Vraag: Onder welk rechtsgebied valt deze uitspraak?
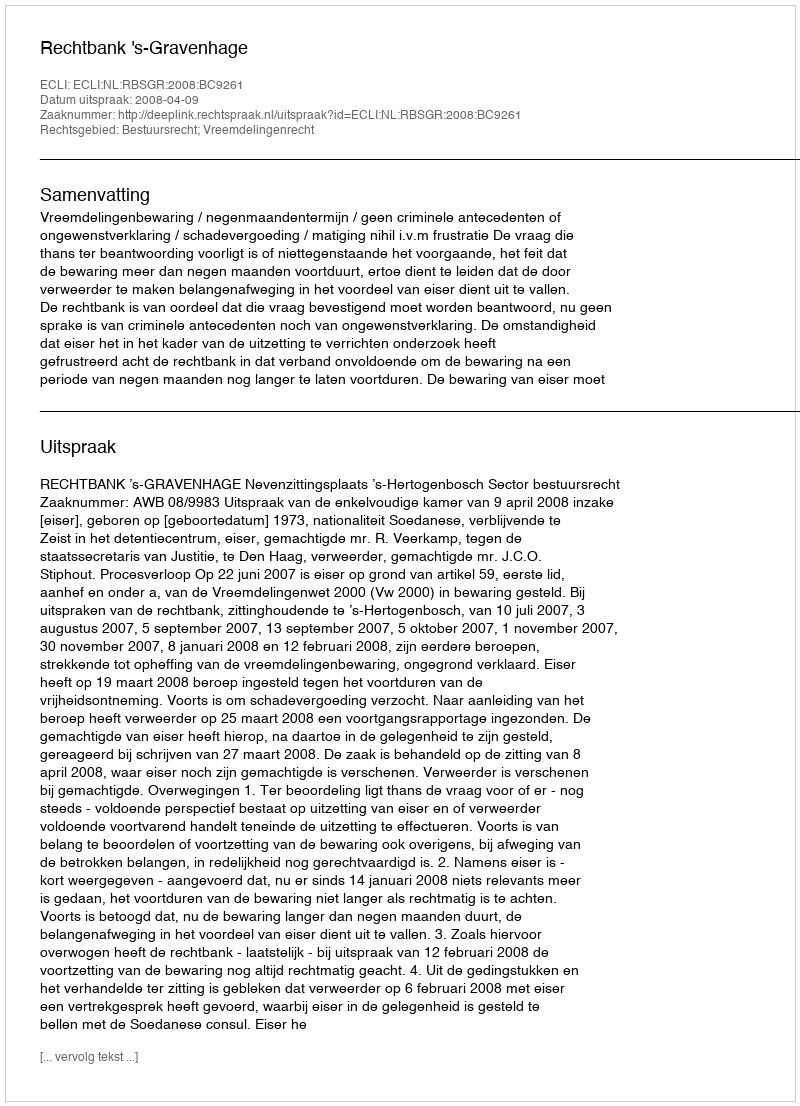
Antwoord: Bestuursrecht; Vreemdelingenrecht